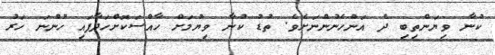
ކުނާ ވިޔަންތިބި ދެ އަންހެނުންނަށެވެ. ތުޑު ކުނާ ވިޔުމަށް ހާއްސަކޮށްހަދާފައި ހުންނަ ހަރު